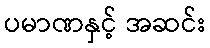
ပမာဏနှင့် အဆင်း